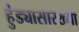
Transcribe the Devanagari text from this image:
हुंड्यासारख्या